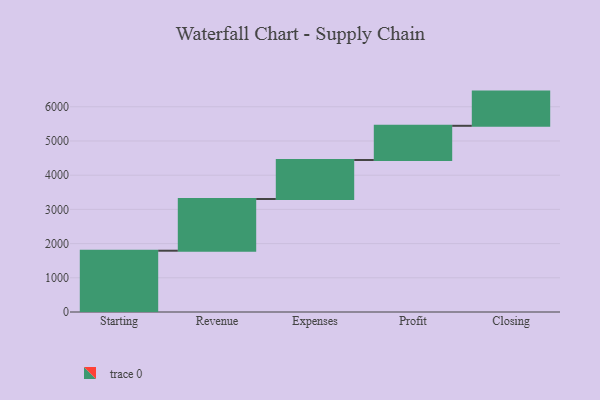
{"axis": {"x": "Step", "y": "Value"}, "legend": [""], "data": [{"x": "Starting", "y": 1792.0, "type": ""}, {"x": "Revenue", "y": 1512.0, "type": ""}, {"x": "Expenses", "y": 1140.0, "type": ""}, {"x": "Profit", "y": 1000, "type": ""}, {"x": "Closing", "y": 1000, "type": ""}]}